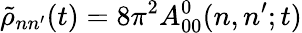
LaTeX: \tilde{\rho}_{nn^{\prime}}(t)=8\pi^{2}A_{00}^{0}(n,n^{\prime};t)